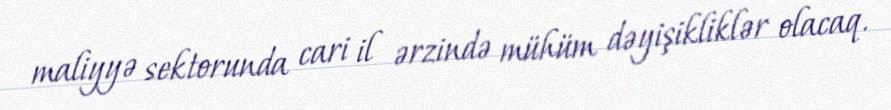
maliyyə sektorunda cari il ərzində mühüm dəyişikliklər olacaq.